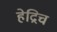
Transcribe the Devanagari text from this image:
हेद्रिच